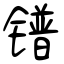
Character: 镨